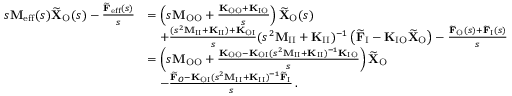
\begin{array} { r l } { s \mathbf { M } _ { \mathrm { e f f } } ( s ) \widetilde { \mathbf { X } } _ { \mathrm { O } } ( s ) - \frac { \widetilde { \mathbf { F } } _ { \mathrm { e f f } } ( s ) } { s } } & { = \left( s \mathbf { M } _ { \mathrm { O O } } + \frac { \mathbf { K } _ { \mathrm { O O } } + \mathbf { K } _ { \mathrm { I O } } } { s } \right) \widetilde { \mathbf { X } } _ { \mathrm { O } } ( s ) } \\ & { \quad + \frac { ( s ^ { 2 } \mathbf { M } _ { \mathrm { I I } } + \mathbf { K } _ { \mathrm { I I } } ) + \mathbf { K } _ { \mathrm { O I } } } { s } ( s ^ { 2 } \mathbf { M } _ { \mathrm { I I } } + \mathbf { K } _ { \mathrm { I I } } ) ^ { - 1 } \left( \widetilde { \mathbf { F } } _ { \mathrm { I } } - \mathbf { K } _ { \mathrm { I O } } \widetilde { \mathbf { X } } _ { \mathrm { O } } \right) - \frac { \widetilde { \mathbf { F } } _ { \mathrm { O } } ( s ) + \widetilde { \mathbf { F } } _ { \mathrm { I } } ( s ) } { s } } \\ & { = \left( s \mathbf { M } _ { \mathrm { O O } } + \frac { \mathbf { K } _ { \mathrm { O O } } - \mathbf { K } _ { \mathrm { O I } } ( s ^ { 2 } \mathbf { M } _ { \mathrm { I I } } + \mathbf { K } _ { \mathrm { I I } } ) ^ { - 1 } \mathbf { K } _ { \mathrm { I O } } } { s } \right) \widetilde { \mathbf { X } } _ { \mathrm { O } } } \\ & { \quad - \frac { \widetilde { \mathbf { F } } _ { O } - \mathbf { K } _ { \mathrm { O I } } ( s ^ { 2 } \mathbf { M } _ { \mathrm { I I } } + \mathbf { K } _ { \mathrm { I I } } ) ^ { - 1 } \widetilde { \mathbf { F } } _ { \mathrm { I } } } { s } \, . } \end{array}